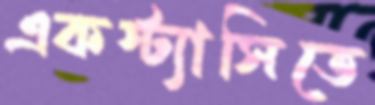
একস্ট্যাসিতে